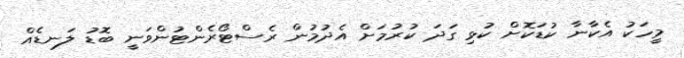
މީހަކު އެކާނާ ކުޑަކޮށް ކުޅި ގަދަ ކުރުމަށް އެދުމުން ރެސްޓޯރެންޓުންވަނީ ބޮޑު ލަނޑެއް